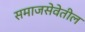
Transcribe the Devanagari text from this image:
समाजसेवेतील